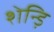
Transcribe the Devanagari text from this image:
शेन्ड़ि